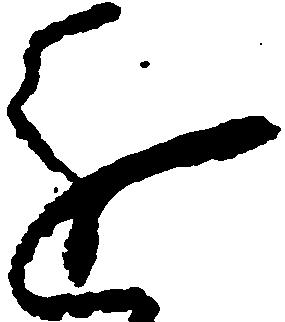
進